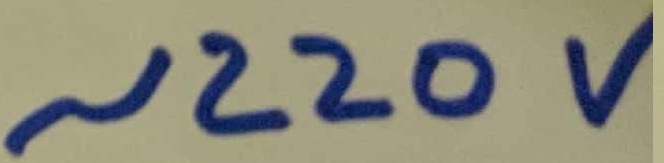
Text: ~220V